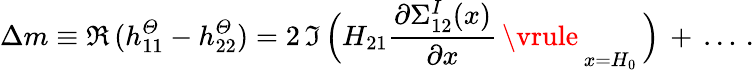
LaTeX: \Delta m\equiv\Re\, (h_{11}^{\mit\Theta}-h_{22}^{\mit\Theta})=2\, \Im\, \Big(H_{21}{\frac{\partial{\Sigma}_{12}^{I}(x)}{\partial x}\, \vrule\, }_{x=H_{0}}\, \Big)\, +\, \ldots\, .